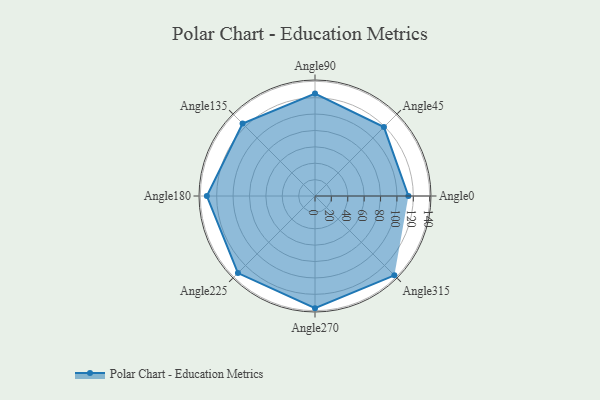
{"axis": {"x": "Angle", "y": "Radius"}, "legend": [""], "data": [{"x": "Angle0", "y": 114.0, "type": ""}, {"x": "Angle45", "y": 119.0, "type": ""}, {"x": "Angle90", "y": 125.0, "type": ""}, {"x": "Angle135", "y": 125.0, "type": ""}, {"x": "Angle180", "y": 132.0, "type": ""}, {"x": "Angle225", "y": 133.0, "type": ""}, {"x": "Angle270", "y": 137.0, "type": ""}, {"x": "Angle315", "y": 137.0, "type": ""}]}